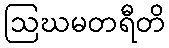
ဩဃမတရီတိ